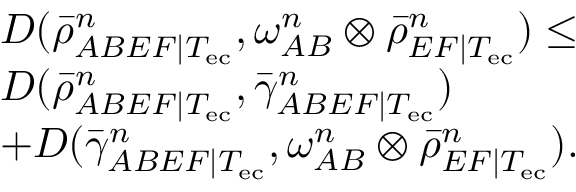
\begin{array} { r l } & { D ( \bar { \rho } _ { A B E F | T _ { \mathrm { e c } } } ^ { n } , \omega _ { A B } ^ { n } \otimes \bar { \rho } _ { E F | T _ { \mathrm { e c } } } ^ { n } ) \leq } \\ & { D ( \bar { \rho } _ { A B E F | T _ { \mathrm { e c } } } ^ { n } , \bar { \gamma } _ { A B E F | T _ { \mathrm { e c } } } ^ { n } ) } \\ & { + D ( \bar { \gamma } _ { A B E F | T _ { \mathrm { e c } } } ^ { n } , \omega _ { A B } ^ { n } \otimes \bar { \rho } _ { E F | T _ { \mathrm { e c } } } ^ { n } ) . } \end{array}